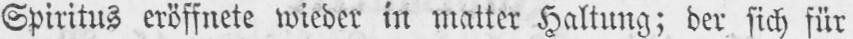
Spiritus eröffnete wieder in matter Haltung; der sich für